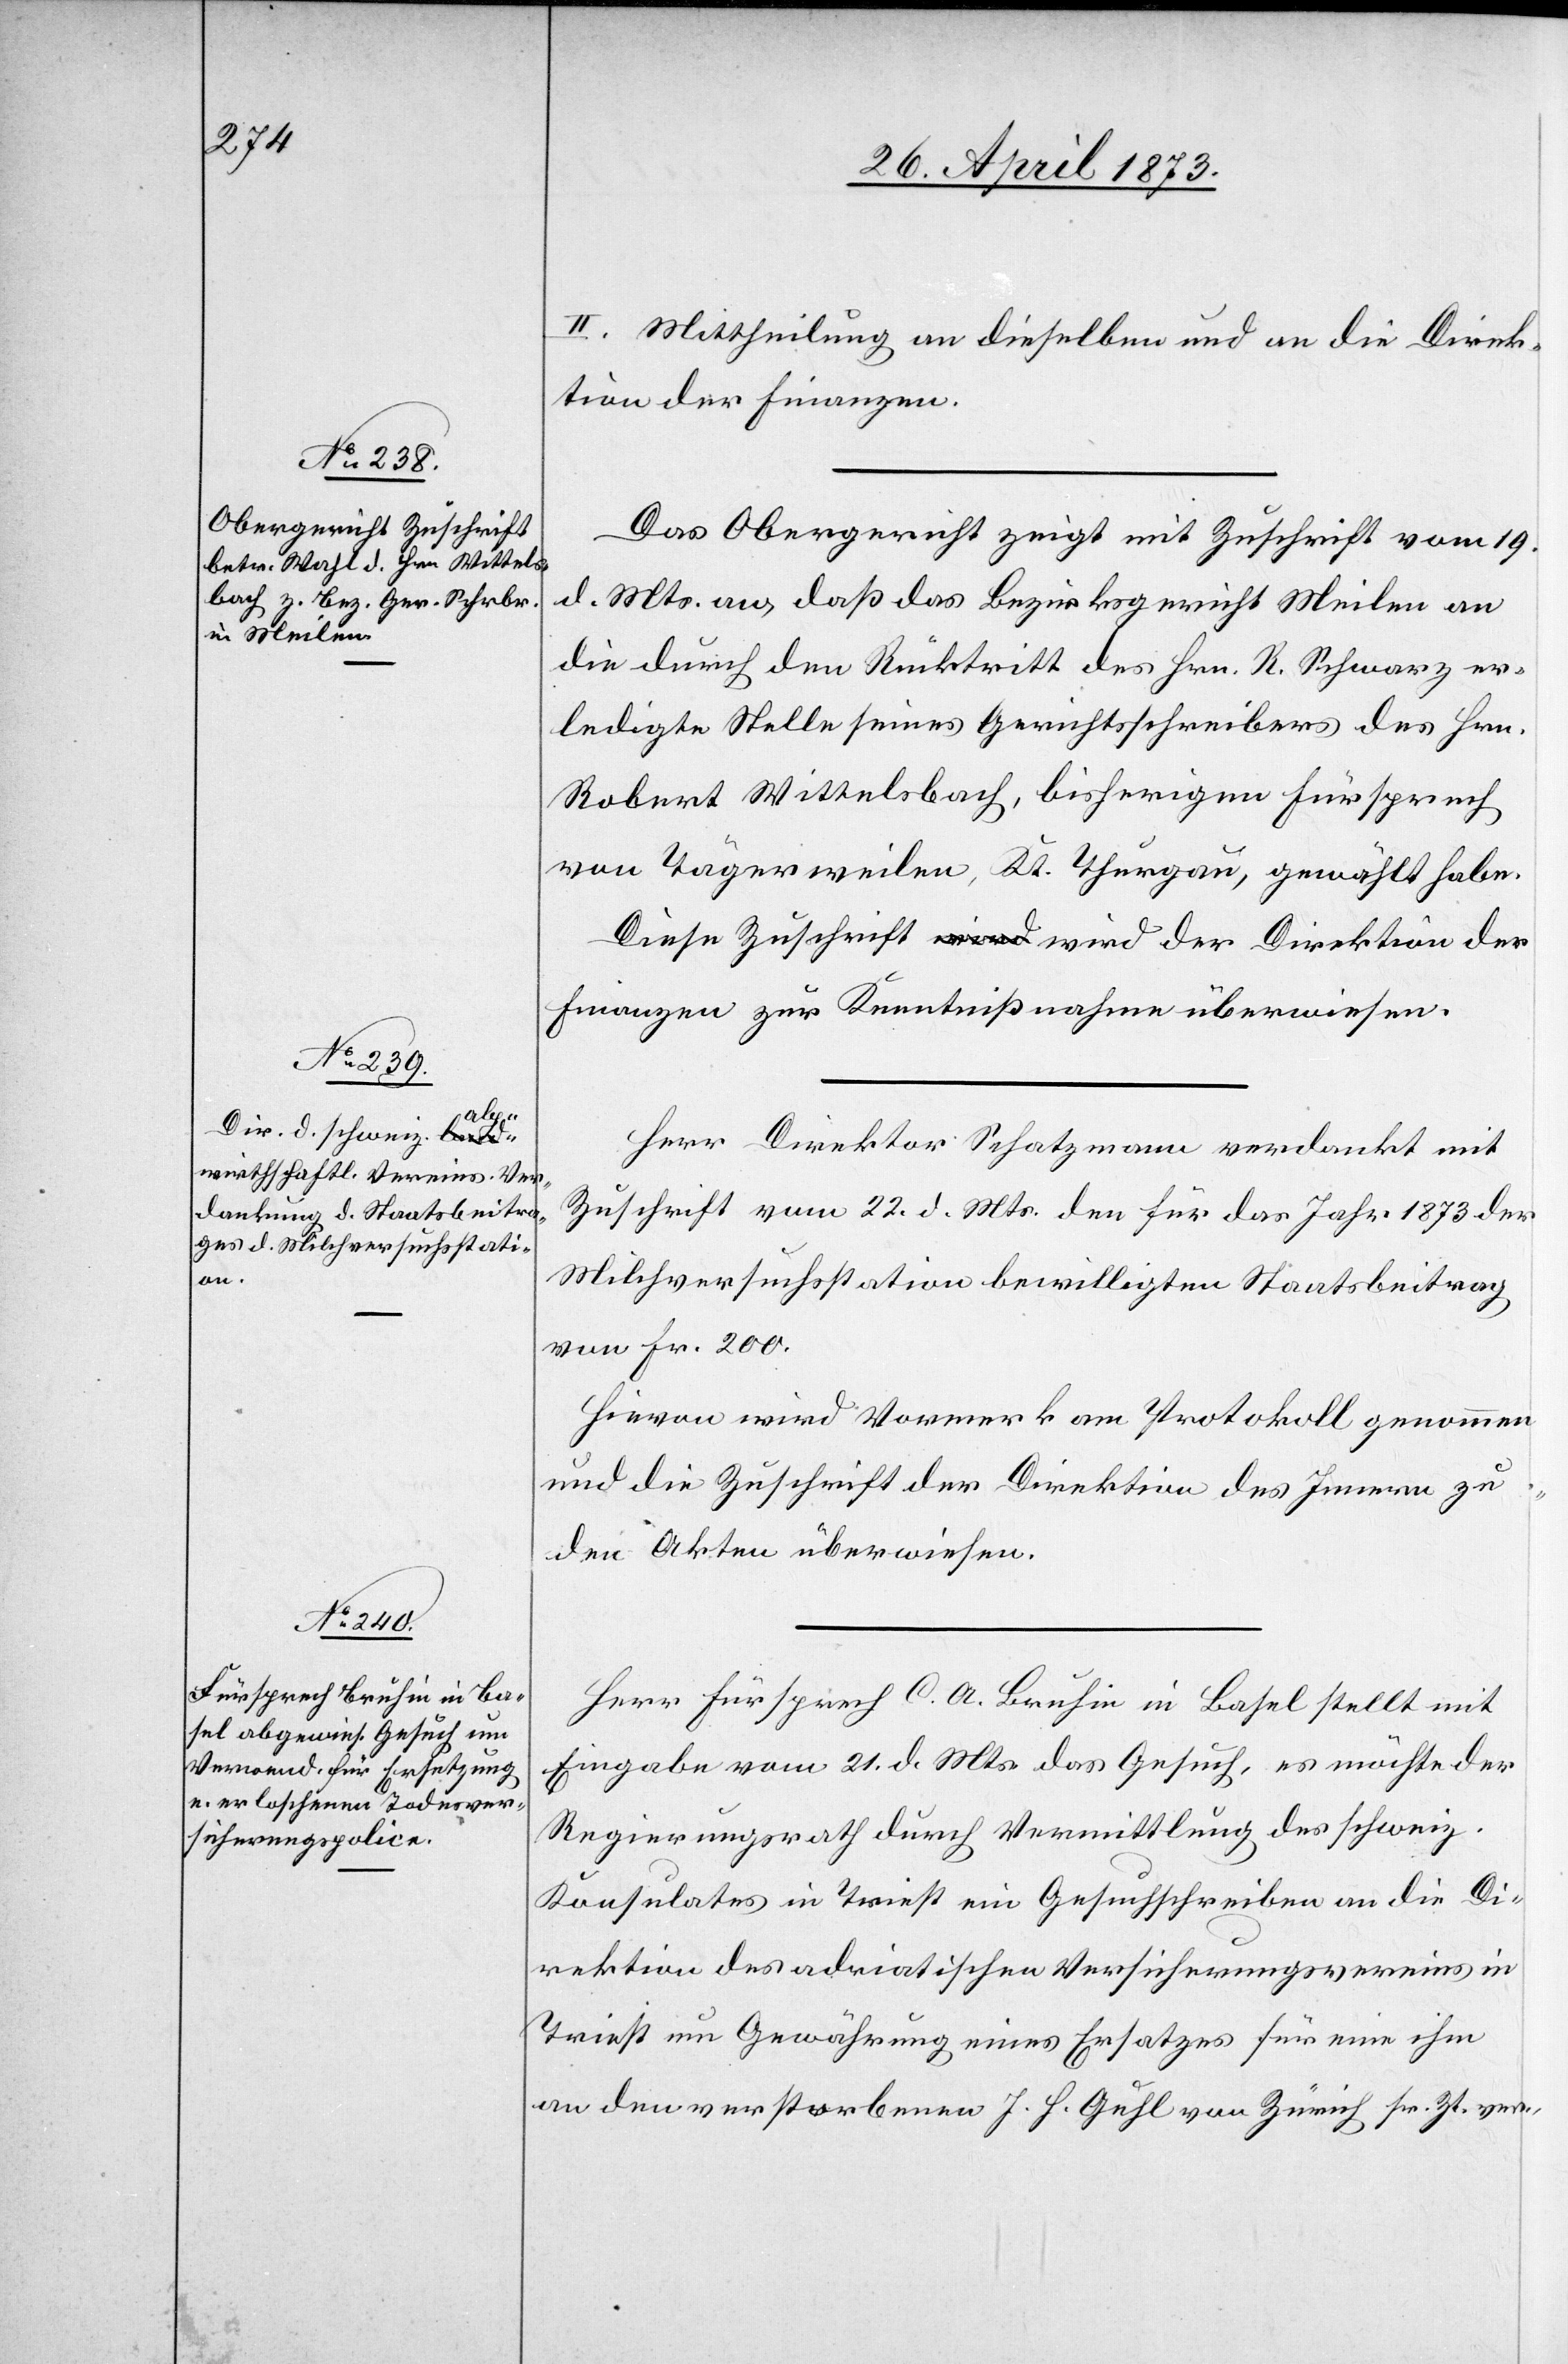
II. Mittheilung an dieselben und an die Direk¬
tion der Finanzen.
Das Obergericht zeigt mit Zuschrift vom 19.
d. Mts. an, daß das Bezirksgericht Meilen an
die durch den Rücktritt des Hrn. R. Schwarz er¬
ledigte Stelle seines Gerichtsschreibers des Hrn.
Robert Wittelsbach, bisherigen Fürsprech
von Tägerweilen, Kt. Thurgau, gewählt habe.
Diese Zuschrift wird der Direktion der
Finanzen zur Kenntnißnahme überwiesen.
Herr Direktor Schatzmann verdankt mit
Zuschrift vom 22. d. Mts. den für das Jahr 1873 der
Milchversuchsstation bewilligten Staatsbeitrag
von Fr. 200.
Hievon wird Vormerk am Protokoll genommen
und die Zuschrift der Direktion des Innern zu
den Akten überwiesen.
Herr Fürsprech C. A. Bruhin in Basel stellt mit
Eingabe vom 21. d. Mts. das Gesuch, es möchte der
Regierungsrath durch Vermittlung des schweiz.
Konsulates in Triest ein Gesuchschreiben an die Di¬
rektion des adriatischen Versicherungsvereins in
Triest um Gewährung eines Ersatzes für eine ihm
an den verstorbenen J. H. Guhl von Zürich sr. Zt. ver-